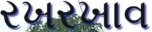
રખરખાવ